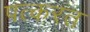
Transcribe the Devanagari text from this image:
पत्करत